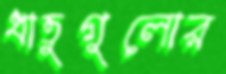
ধাতুগুলোর